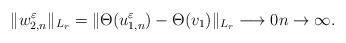
LaTeX: \begin{align*} \Vert w_{2,n}^{\varepsilon} \Vert_{L_r} = \Vert \Theta(u_{1,n}^{\varepsilon}) - \Theta(v_1) \Vert_{L_r} \longrightarrow 0 n \to \infty.\end{align*}